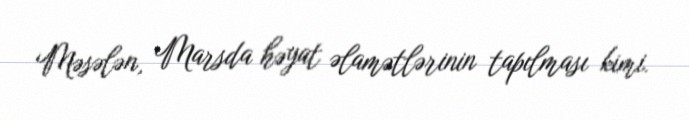
Məsələn, Marsda həyat əlamətlərinin tapılması kimi.